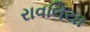
રાવલિયા